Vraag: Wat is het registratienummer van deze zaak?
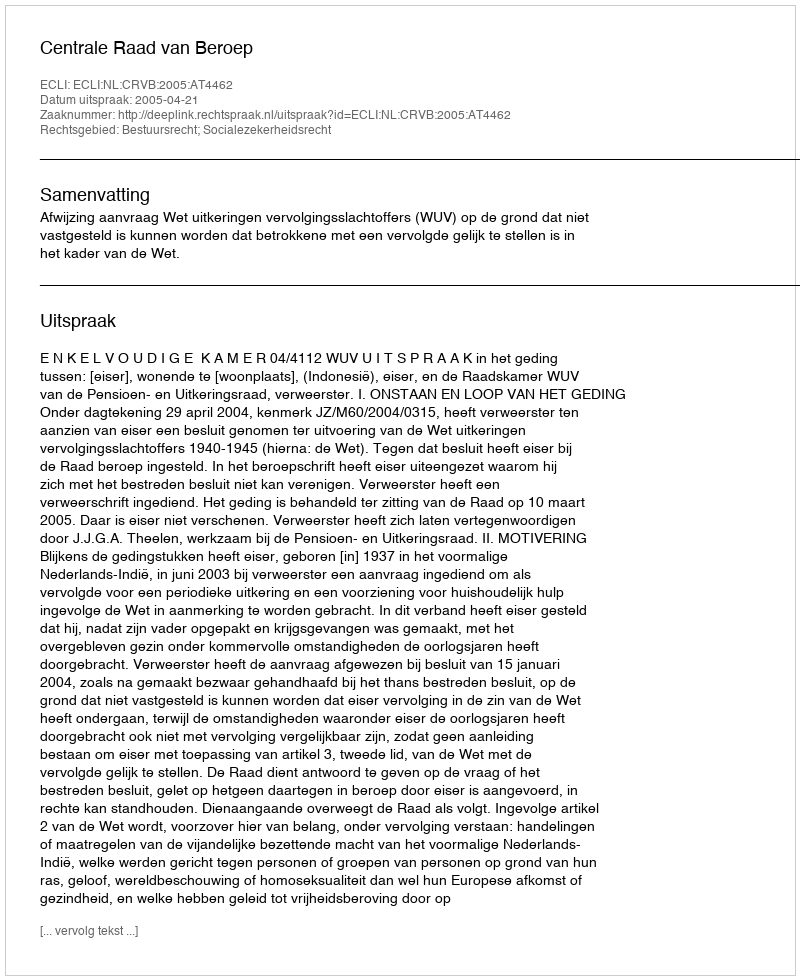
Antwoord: http://deeplink.rechtspraak.nl/uitspraak?id=ECLI:NL:CRVB:2005:AT4462